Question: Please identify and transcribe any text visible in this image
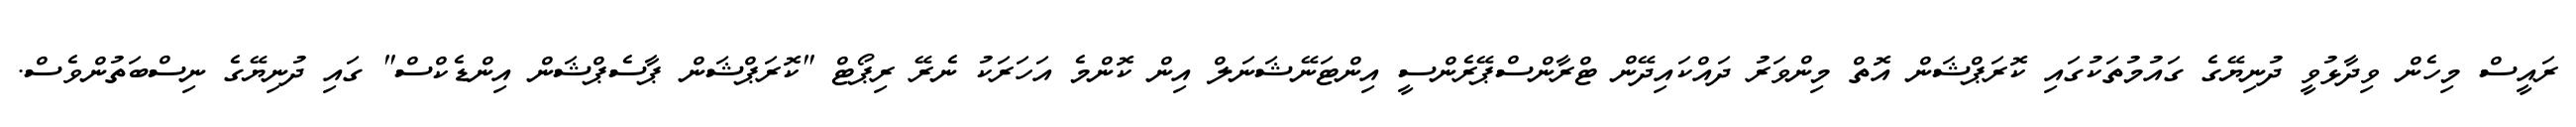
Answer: ރައީސް މިހެން ވިދާޅުވީ ދުނިޔޭގެ ގައުމުތަކުގައި ކޮރަޕްޝަން އޮތް މިންވަރު ދައްކައިދޭން ޓްރާންސްޕޭރެންސީ އިންޓަނޭޝަނަލް އިން ކޮންމެ އަހަރަކު ނެރޭ ރިޕޯޓް "ކޮރަޕްޝަން ޕާސެޕްޝަން އިންޑެކްސް" ގައި ދުނިޔޭގެ ނިސްބަތުންވެސް.